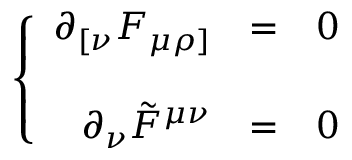
\left\{ \begin{array} { r c l } { { \partial _ { [ \nu } F _ { \mu \rho ] } } } & { { = } } & { { 0 } } \\ { { } } & { { } } & { { } } \\ { { \partial _ { \nu } \tilde { F } ^ { \mu \nu } } } & { { = } } & { { 0 } } \end{array} \right.